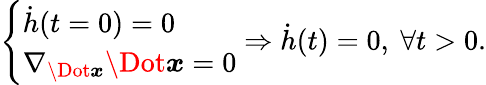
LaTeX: \left\{ \begin{array}{ll}{\dot{h}(t=0)=0}\\ {\nabla_{\Dot{\boldsymbol x}}\Dot{\boldsymbol{x}}=0}\end{array}\right.\Rightarrow\dot{h}(t)=0,\ \forall t>0.